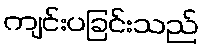
ကျင်းပခြင်းသည်